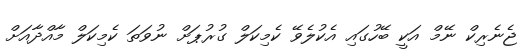
ޖެނެރިކް ނޭމް އަކީ ބޭހުގައި އެކުލެވޭ ކެމިކަލް ގުރުޕަށް ނުވަތަ ކެމިކަލް މާއްދާއަށް